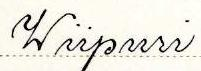
Wiipuri